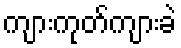
ကျားကုတ်ကျားခဲ